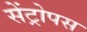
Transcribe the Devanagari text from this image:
सेंट्रोपस